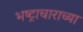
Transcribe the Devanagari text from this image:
भष्ट्राचाराच्या